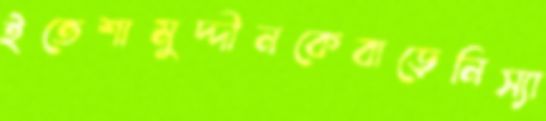
ইতেশামুদ্দীনকেবাড়েনিস্যা